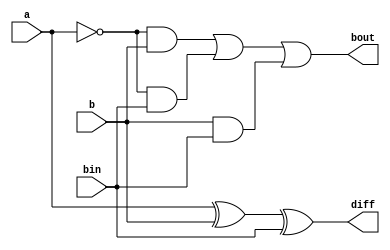
// design: describes the behaviour of system
// methodology: gate level modelling
module fullsubtractor1(output diff, bout, input a, b, bin);
  
  xor a1(diff, a, b, bin);
  and a2(w1, ~a, b);
  and a3(w2, ~a, bin);
  and a4(w3, b, bin);
  or  a5(bout, w1, w2, w3);
  
endmodule

// testbench: to check if the design codes are correct

module fullsubtractor1_tb();
  
  wire diff;
  wire bout;

  reg a,b;
  reg bin;
  
  fullsubtractor1 m1 (diff, bout, a, b, bin);

 initial begin

	$dumpfile("dump.vcd");
    
    $dumpvars(1);

	    a=0; b=0; bin=0;
    #20 a=0; b=0; bin=1;
    #20 a=0; b=1; bin=0;
    #20 a=0; b=1; bin=1;
    #20 a=1; b=0; bin=0;
    #20 a=1; b=0; bin=1;
    #20 a=1; b=1; bin=0;
    #20 a=1; b=1; bin=1;
    #30 $stop;

 end
endmodule